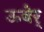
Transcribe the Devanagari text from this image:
ऊबेर्